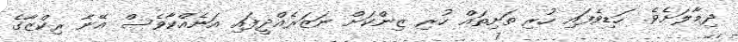
ދިމާލަށެވެ. ހަޑިވެފައި ހުރި ތަށިތައް ހުރި ޒިންކަށް ނަޒަރެއްދީފައި އަނެއްކާވެސް އޭނާ ރިކްޒާގެ